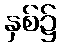
နှစ်၌